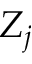
Z _ { j }